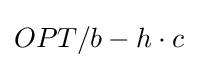
OPT/b-h\cdot c